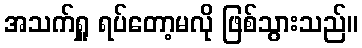
အသက်ရှူ ရပ်တော့မလို ဖြစ်သွားသည်။